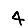
Digit: 4